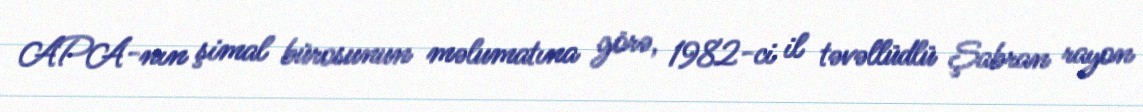
APA-nın şimal bürosunun məlumatına görə, 1982-ci il təvəllüdlü Şabran rayon